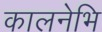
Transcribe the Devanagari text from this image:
कालनेभि